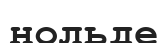
нольде